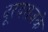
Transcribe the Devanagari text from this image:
दूरदराजके